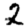
Digit: 2